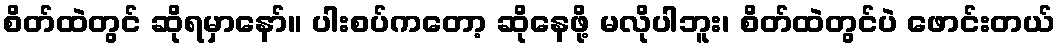
စိတ်ထဲတွင် ဆိုရမှာနော်။ ပါးစပ်ကတော့ ဆိုနေဖို့ မလိုပါဘူး၊ စိတ်ထဲတွင်ပဲ ဖောင်းတယ်